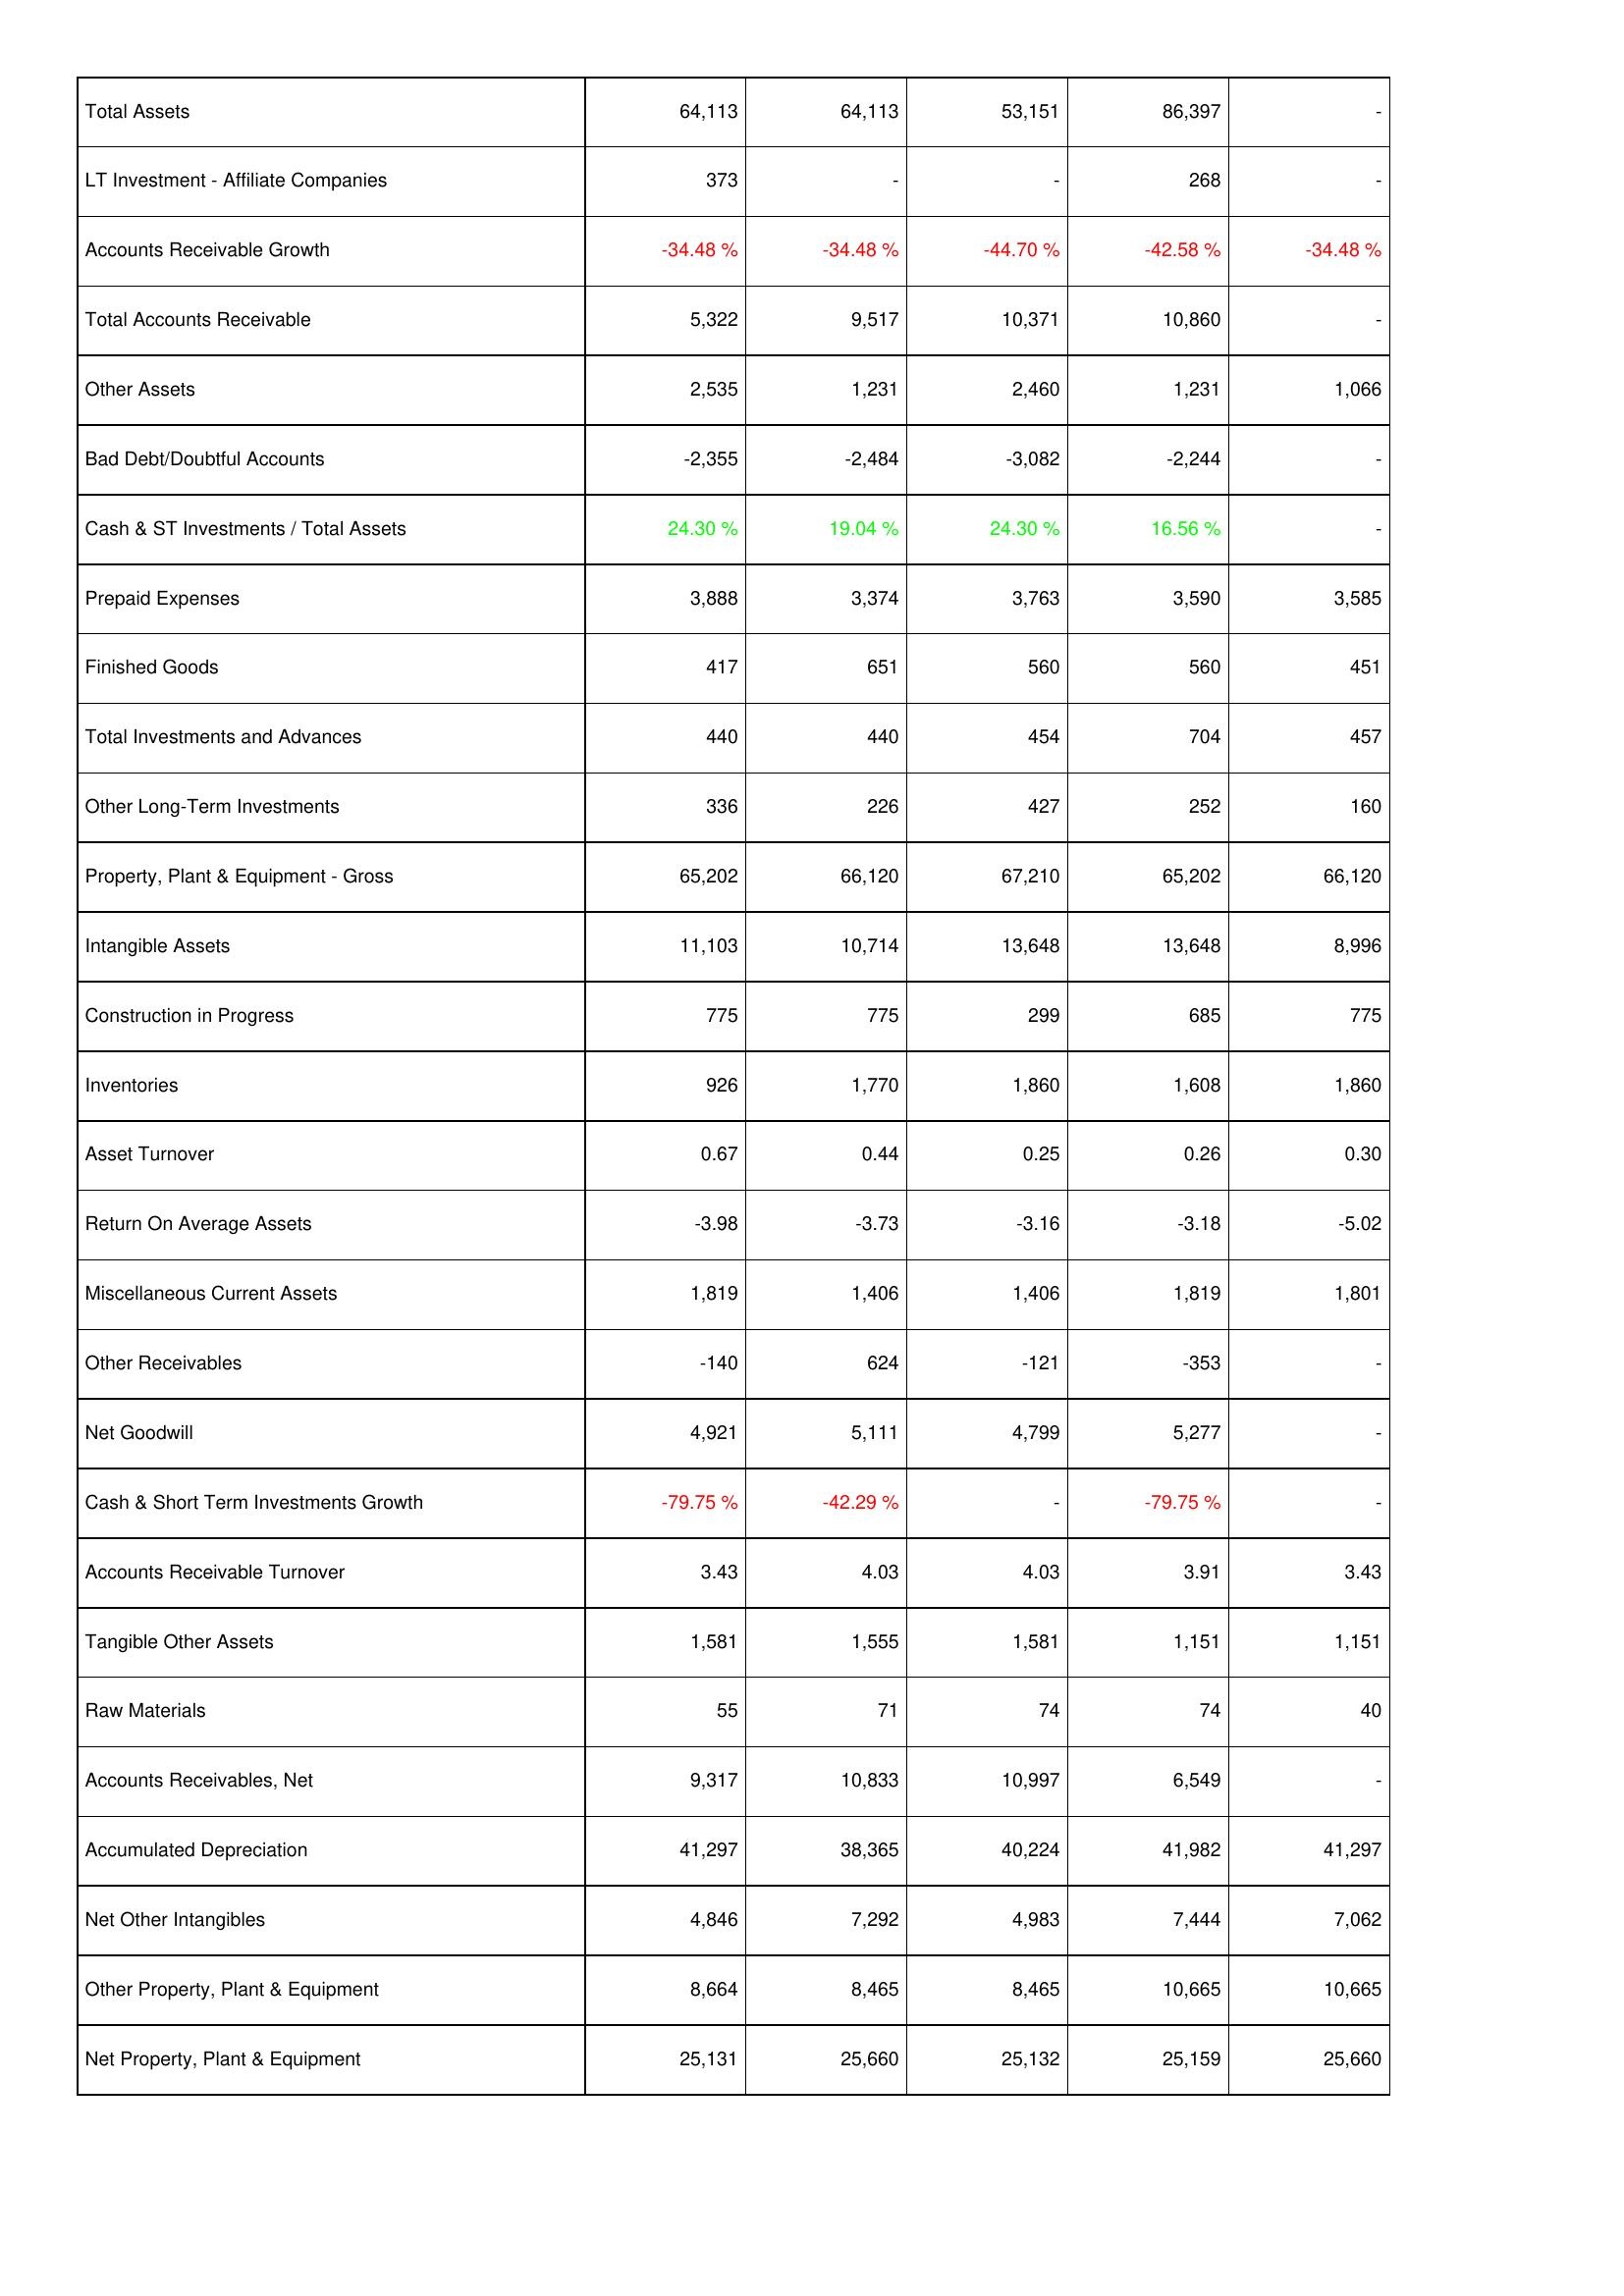
2022: Assets: Total Assets: 64,113
LT Investment - Affiliate Companies: 373
Accounts Receivable Growth: -34.48 %
Total Accounts Receivable: 5,322
Other Assets: 2,535
Bad Debt/Doubtful Accounts: -2,355
Cash & ST Investments / Total Assets: 24.30 %
Prepaid Expenses: 3,888
Finished Goods: 417
Total Investments and Advances: 440
Other Long-Term Investments: 336
Property, Plant & Equipment - Gross: 65,202
Intangible Assets: 11,103
Construction in Progress: 775
Inventories: 926
Asset Turnover: 0.67
Return On Average Assets: -3.98
Miscellaneous Current Assets: 1,819
Other Receivables: -140
Net Goodwill: 4,921
Cash & Short Term Investments Growth: -79.75 %
Accounts Receivable Turnover: 3.43
Tangible Other Assets: 1,581
Raw Materials: 55
Accounts Receivables, Net: 9,317
Accumulated Depreciation: 41,297
Net Other Intangibles: 4,846
Other Property, Plant & Equipment: 8,664
Net Property, Plant & Equipment: 25,131
2021: Assets: Total Assets: 64,113
LT Investment - Affiliate Companies: -
Accounts Receivable Growth: -34.48 %
Total Accounts Receivable: 9,517
Other Assets: 1,231
Bad Debt/Doubtful Accounts: -2,484
Cash & ST Investments / Total Assets: 19.04 %
Prepaid Expenses: 3,374
Finished Goods: 651
Total Investments and Advances: 440
Other Long-Term Investments: 226
Property, Plant & Equipment - Gross: 66,120
Intangible Assets: 10,714
Construction in Progress: 775
Inventories: 1,770
Asset Turnover: 0.44
Return On Average Assets: -3.73
Miscellaneous Current Assets: 1,406
Other Receivables: 624
Net Goodwill: 5,111
Cash & Short Term Investments Growth: -42.29 %
Accounts Receivable Turnover: 4.03
Tangible Other Assets: 1,555
Raw Materials: 71
Accounts Receivables, Net: 10,833
Accumulated Depreciation: 38,365
Net Other Intangibles: 7,292
Other Property, Plant & Equipment: 8,465
Net Property, Plant & Equipment: 25,660
2020: Assets: Total Assets: 53,151
LT Investment - Affiliate Companies: -
Accounts Receivable Growth: -44.70 %
Total Accounts Receivable: 10,371
Other Assets: 2,460
Bad Debt/Doubtful Accounts: -3,082
Cash & ST Investments / Total Assets: 24.30 %
Prepaid Expenses: 3,763
Finished Goods: 560
Total Investments and Advances: 454
Other Long-Term Investments: 427
Property, Plant & Equipment - Gross: 67,210
Intangible Assets: 13,648
Construction in Progress: 299
Inventories: 1,860
Asset Turnover: 0.25
Return On Average Assets: -3.16
Miscellaneous Current Assets: 1,406
Other Receivables: -121
Net Goodwill: 4,799
Cash & Short Term Investments Growth: -
Accounts Receivable Turnover: 4.03
Tangible Other Assets: 1,581
Raw Materials: 74
Accounts Receivables, Net: 10,997
Accumulated Depreciation: 40,224
Net Other Intangibles: 4,983
Other Property, Plant & Equipment: 8,465
Net Property, Plant & Equipment: 25,132
2019: Assets: Total Assets: 86,397
LT Investment - Affiliate Companies: 268
Accounts Receivable Growth: -42.58 %
Total Accounts Receivable: 10,860
Other Assets: 1,231
Bad Debt/Doubtful Accounts: -2,244
Cash & ST Investments / Total Assets: 16.56 %
Prepaid Expenses: 3,590
Finished Goods: 560
Total Investments and Advances: 704
Other Long-Term Investments: 252
Property, Plant & Equipment - Gross: 65,202
Intangible Assets: 13,648
Construction in Progress: 685
Inventories: 1,608
Asset Turnover: 0.26
Return On Average Assets: -3.18
Miscellaneous Current Assets: 1,819
Other Receivables: -353
Net Goodwill: 5,277
Cash & Short Term Investments Growth: -79.75 %
Accounts Receivable Turnover: 3.91
Tangible Other Assets: 1,151
Raw Materials: 74
Accounts Receivables, Net: 6,549
Accumulated Depreciation: 41,982
Net Other Intangibles: 7,444
Other Property, Plant & Equipment: 10,665
Net Property, Plant & Equipment: 25,159
2018: Assets: Total Assets: -
LT Investment - Affiliate Companies: -
Accounts Receivable Growth: -34.48 %
Total Accounts Receivable: -
Other Assets: 1,066
Bad Debt/Doubtful Accounts: -
Cash & ST Investments / Total Assets: -
Prepaid Expenses: 3,585
Finished Goods: 451
Total Investments and Advances: 457
Other Long-Term Investments: 160
Property, Plant & Equipment - Gross: 66,120
Intangible Assets: 8,996
Construction in Progress: 775
Inventories: 1,860
Asset Turnover: 0.30
Return On Average Assets: -5.02
Miscellaneous Current Assets: 1,801
Other Receivables: -
Net Goodwill: -
Cash & Short Term Investments Growth: -
Accounts Receivable Turnover: 3.43
Tangible Other Assets: 1,151
Raw Materials: 40
Accounts Receivables, Net: -
Accumulated Depreciation: 41,297
Net Other Intangibles: 7,062
Other Property, Plant & Equipment: 10,665
Net Property, Plant & Equipment: 25,660